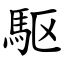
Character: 駆